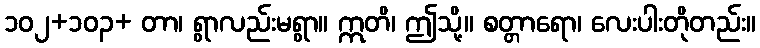
၁၀၂+၁၀၃+ တာ၊ ရွာလည်းမရွာ။ ဣတိ၊ ဤသို့။ စတ္တာရော၊ လေးပါးတိုတည်း။